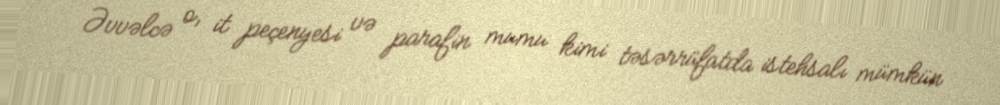
Əvvəlcə o, it peçenyesi və parafin mumu kimi təsərrüfatda istehsalı mümkün